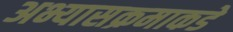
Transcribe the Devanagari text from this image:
अभ्यासक्रमाकडे